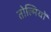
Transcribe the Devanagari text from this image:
तोल्मियों